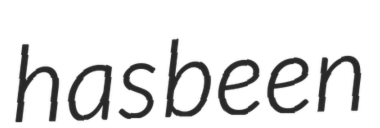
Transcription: has been